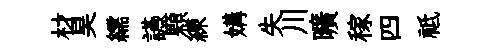
材昊繻讌顆練媾失川曠稼四祗